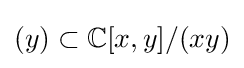
(y)\subset \mathbb {C} [x,y]/(xy)